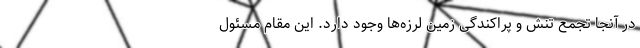
در آنجا تجمع تنش و پراکندگی زمین لرزه‌ها وجود دارد. این مقام مسئول